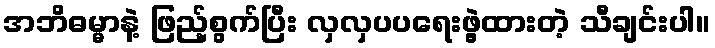
အဘိဓမ္မာနဲ့ ဖြည့်စွက်ပြီး လှလှပပရေးဖွဲ့ထားတဲ့ သီချင်းပါ။